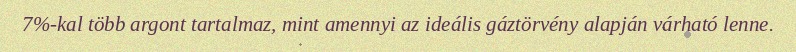
7%-kal több argont tartalmaz, mint amennyi az ideális gáztörvény alapján várható lenne.